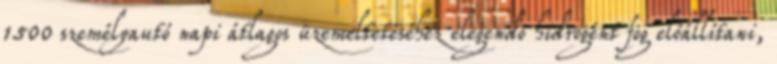
1500 személyautó napi átlagos üzemeltetéséhez elegendő hidrogént fog előállítani,